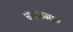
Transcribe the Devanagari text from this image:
चारकमान